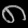
Digit: ၈